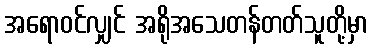
အရောဝင်လျှင် အရိုအသေတန်တတ်သူတို့မှာ